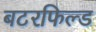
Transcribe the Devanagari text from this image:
बटरफिल्ड